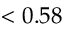
< 0 . 5 8